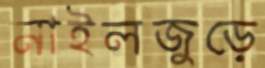
মাইলজুড়ে